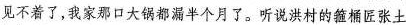
见不着了，我家那口大锅都漏半个月了。听说洪村的箍桶匠张土